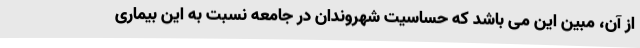
از آن، مبین این می باشد که حساسیت شهروندان در جامعه نسبت به این بیماری